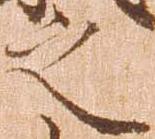
之